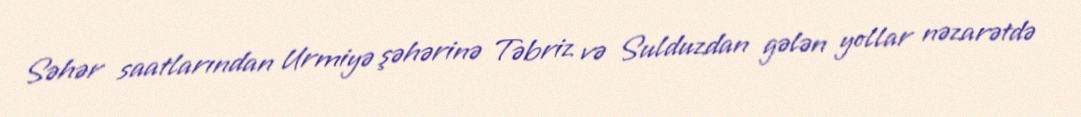
Səhər saatlarından Urmiyə şəhərinə Təbriz və Sulduzdan gələn yollar nəzarətdə